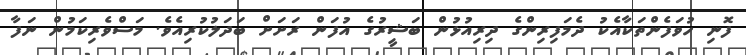
ފޮނި ހުވަފެންތަކާއެކު ދެމަފިރިންގެ ދިރިއުޅުން ބަޝީރުގެ އުފަން ރަށަށް ބަދަލުކުރިއެވެ. މަސްވެރިކަމުން ނަފާ